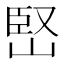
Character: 𡹩